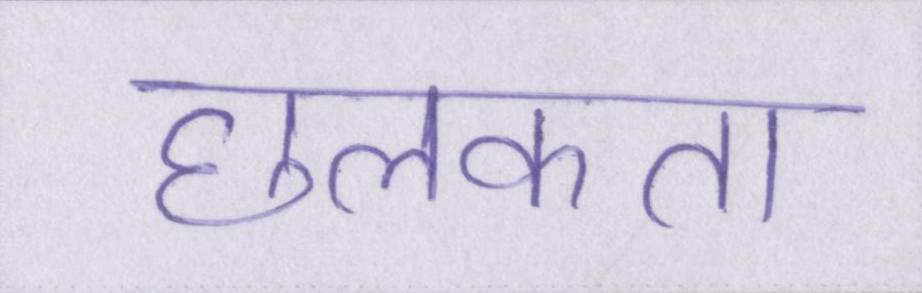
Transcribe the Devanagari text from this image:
छलकता